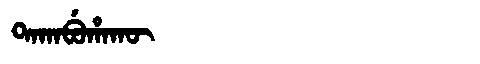
Manchu: ᡨᠠᡴᠠᠪᡠᡥᠠᡴᡡ
Romanization: TAKABUHAKŪ